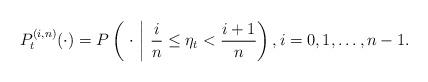
LaTeX: \begin{align*} P^{(i,n)}_t(\cdot)=P\left(\ \cdot \ \middle| \ \frac{i}{n}\leq \eta_t <\frac{i+1}{n}\right), i=0,1,\ldots,n-1. \end{align*}